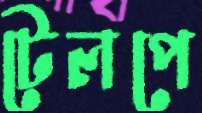
টেলপে